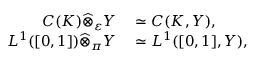
\begin{array} { r l } { C ( K ) { \widehat { \otimes } } _ { \varepsilon } Y } & { { } \simeq C ( K , Y ) , } \\ { L ^ { 1 } ( [ 0 , 1 ] ) { \widehat { \otimes } } _ { \pi } Y } & { { } \simeq L ^ { 1 } ( [ 0 , 1 ] , Y ) , } \end{array}